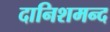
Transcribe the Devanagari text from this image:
दानिशमन्द